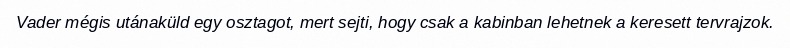
Vader mégis utánaküld egy osztagot, mert sejti, hogy csak a kabinban lehetnek a keresett tervrajzok.